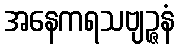
အနေကရသဗျဉ္ဇနံ